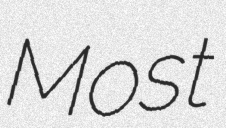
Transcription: Most